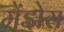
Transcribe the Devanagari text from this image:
मेंझेस